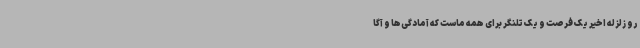
رو زلزله اخیر یک فرصت و یک تلنگر برای همه ماست که آمادگی‌ها و آگا